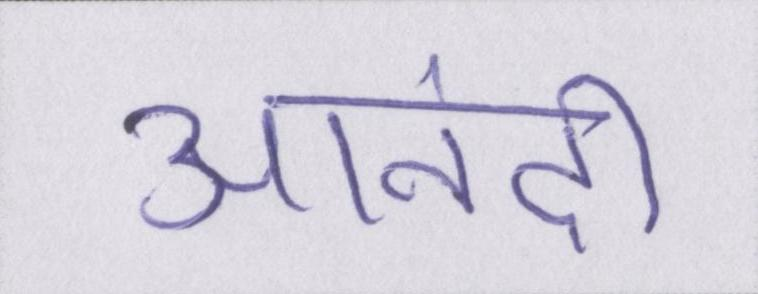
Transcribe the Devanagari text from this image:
आनंदी